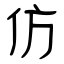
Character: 仿